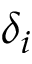
\delta _ { i }